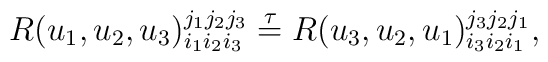
R(u_1,u_2,u_3)^{j_1j_2j_3}_{i_1i_2i_3}\stackrel{\tau}{=}R(u_3,u_2,u_1)^{j_3j_2j_1}_{i_3i_2i_1},